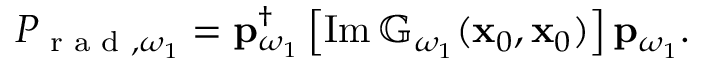
\begin{array} { r } { P _ { \textrm { r a d } , \omega _ { 1 } } = \mathbf { p } _ { \omega _ { 1 } } ^ { \dagger } \left[ \operatorname { I m } \mathbb { G } _ { \omega _ { 1 } } ( \mathbf { x } _ { 0 } , \mathbf { x } _ { 0 } ) \right] \mathbf { p } _ { \omega _ { 1 } } . } \end{array}